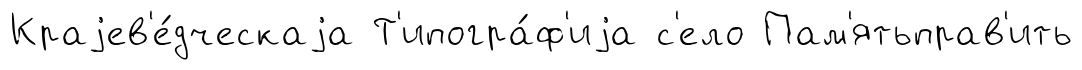
Краjев'е́дческаjа Т'ипогра́ф'иjа с'ело Пам'ятьправ'ить